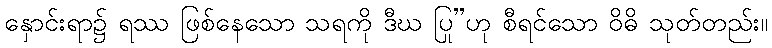
နှောင်းရာ၌ ရဿ ဖြစ်နေသော သရကို ဒီဃ ပြု”ဟု စီရင်သော ဝိဓိ သုတ်တည်း။